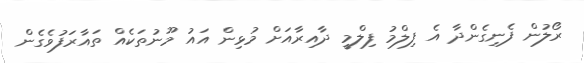
ރޯލުން ފެނިގެންދާ އެ ފިލްމު ފިލްމީ ދާއިރާއަށް މުޅިން އައު މޫނުތަކެއް ތައާރަފުވެގެން